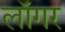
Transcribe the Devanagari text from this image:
लॉगर